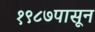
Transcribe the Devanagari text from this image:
१९८७पासून